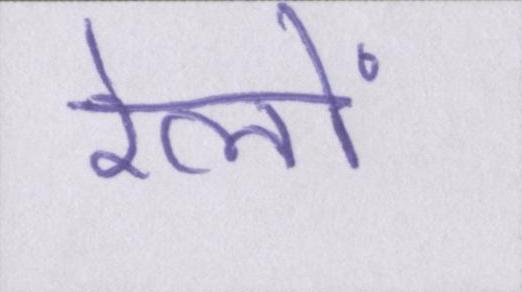
रेलों